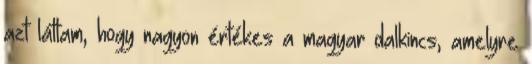
azt láttam, hogy nagyon értékes a magyar dalkincs, amelyre